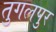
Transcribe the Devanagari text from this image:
तुगलपुर